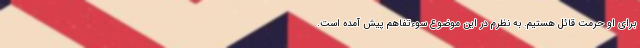
برای او حرمت قائل هستیم. به نظرم در این موضوع سوءتفاهم پیش آمده است.